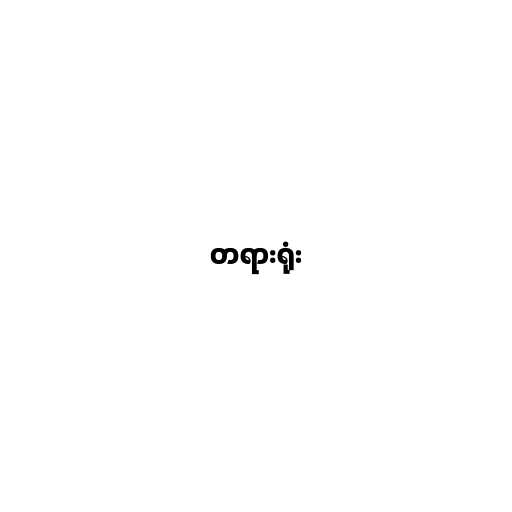
တရားရုံး